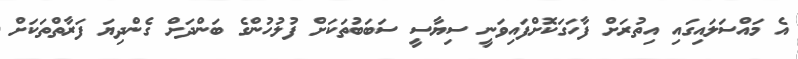
އެ މައްސަލައިގައި އިތުރަށް ފާހަގަކޮށްފައިވަނީ ސިޔާސީ ސަބަބުތަކަށް ފުލުހުންގެ ބަންދަށް ގެންދިޔަ ފަރާތްތަކަށް